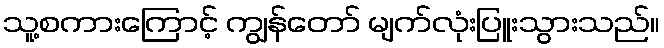
သူ့စကားကြောင့် ကျွန်တော် မျက်လုံးပြူးသွားသည်။